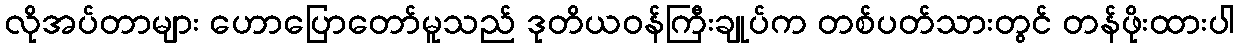
လိုအပ်တာများ ဟောပြောတော်မူသည် ဒုတိယဝန်ကြီးချုပ်က တစ်ပတ်သားတွင် တန်ဖိုးထားပါ